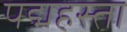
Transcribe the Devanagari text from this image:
पद्महस्ता